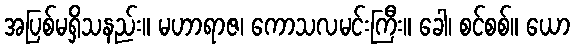
အပြစ်မရှိသနည်း။ မဟာရာဇ၊ ကောသလမင်းကြီး။ ခေါ၊ စင်စစ်။ ယော